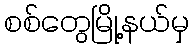
စစ်တွေမြို့နယ်မှ